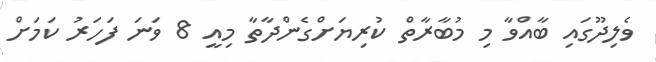
ވެލިދޫގައި ބާއްވާ މި މުބާރާތް ކުރިޔަށްގެންދާތާ މިއީ 8 ވަނަ ފަހަރު ކަމަށް